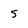
Character: 5